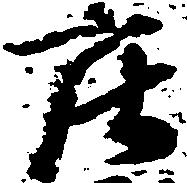
庄